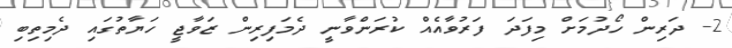
2- ދަރިން ހޯދުމަށް މިފަދަ ފަރުވާއެއް ކުރަންވާނީ ދެމަފިރިން ޒަވާޖީ ހަޔާތުގައި ދެމިތިބި